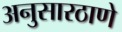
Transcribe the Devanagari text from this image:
अनुसारठाणे